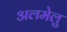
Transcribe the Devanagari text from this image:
अलमेलु